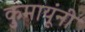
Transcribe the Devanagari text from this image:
कुमायूंनी